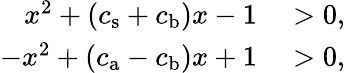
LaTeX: \begin{array}{rl}{x^{2}+\left(c_{\mathrm{s}}+c_{\mathrm{b}}\right)x-1}&{{}>0,}\\ {-x^{2}+\left(c_{\mathrm{a}}-c_{\mathrm{b}}\right)x+1}&{{}>0,}\end{array}